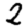
Digit: 2